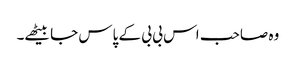
وہ صاحب اس بی بی کے پاس جا بیٹھے۔